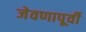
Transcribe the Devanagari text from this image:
जेवणापूर्वी